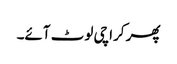
پھر کراچی لوٹ آئے۔